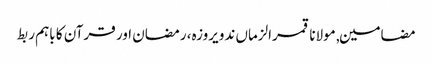
مضامین, مولانا قمرالزماں ندویروزہ، رمضان اور قرآن کا باہم ربط